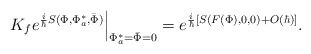
\begin{align*}\left.K_fe^{{i\over\hbar}S(\Phi,\Phi^*_a,\bar{\Phi})}\right|_{\Phi^*_a=\bar{\Phi}=0}=e^{{i\over\hbar}[S(F(\Phi),0,0)+O(\hbar)]}.\end{align*}